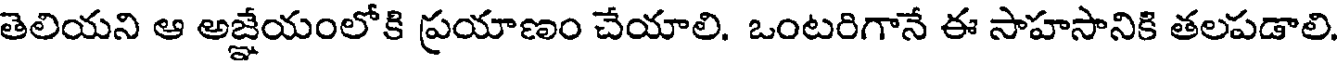
తెలియని ఆ అజ్ఞేయంలోకి ప్రయాణం చేయాలి. ఒంటరిగానే ఈ సాహసానికి తలపడాలి